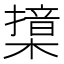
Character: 𣚮